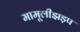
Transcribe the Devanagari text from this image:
मामूलीझड़प